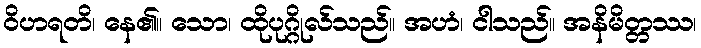
ဝိဟရတိ၊ နေ၏။ သော၊ ထိုပုဂ္ဂိုလ်သည်။ အဟံ၊ ငါသည်။ အနိမိတ္တဿ၊